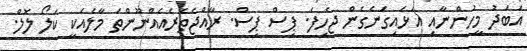
އަބަދު މީހުންނާއި އަޅައިގަނެގެން ޖެހިފަ. ޕިސް ޕިސް. ރާއްޖެތެރެއެއްނޫންތަ މާލެއަކީ ކަލޯ ލޮލް.